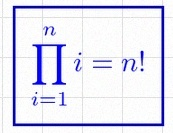
\prod_{i=1}^{n}i=n!